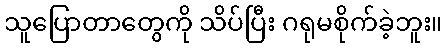
သူပြောတာတွေကို သိပ်ပြီး ဂရုမစိုက်ခဲ့ဘူး။